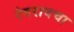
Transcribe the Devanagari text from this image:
रंगरावचा